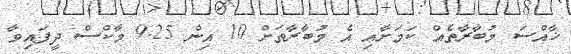
ޚާއްސަ މުބާރާތެއް ކަމަށާއި އެ މުބާރާތަށް 10 އިން 9.25 މާކްސް ދީފައިވާ